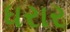
ધરાર